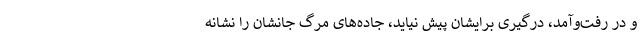
و در رفت‌وآمد، درگیری برایشان پیش نیاید، جاده‌های مرگ جانشان را نشانه